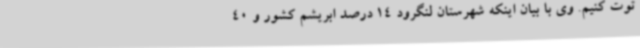
توت کنیم. وی با بیان اینکه شهرستان لنگرود 14 درصد ابریشم کشور و 40